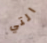
التي